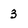
Character: 3